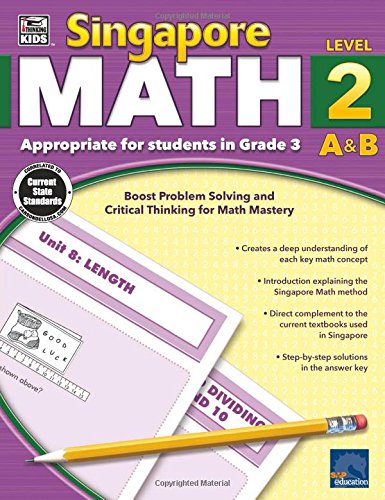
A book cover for Singapore Math, Grade 3; Children's Books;